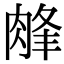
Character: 𦜁